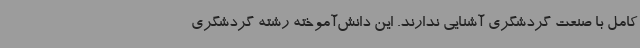
کامل با صنعت گردشگری آشنایی ندارند. این دانش‌آموخته رشته گردشگری